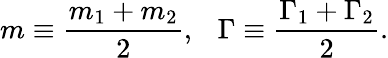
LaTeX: m\equiv{\frac{m_{1}+m_{2}}{2}},\ \ \ \Gamma\equiv{\frac{\Gamma_{1}+\Gamma_{2}}{2}}.